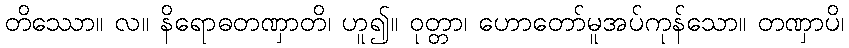
တိဿော။ လ။ နိရောဓတဏှာတိ၊ ဟူ၍။ ဝုတ္တာ၊ ဟောတော်မူအပ်ကုန်သော။ တဏှာပိ၊